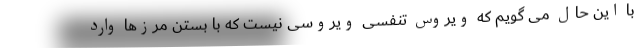
با این حال می گویم که ویروس تنفسی ویروسی نیست که با بستن مرزها وارد